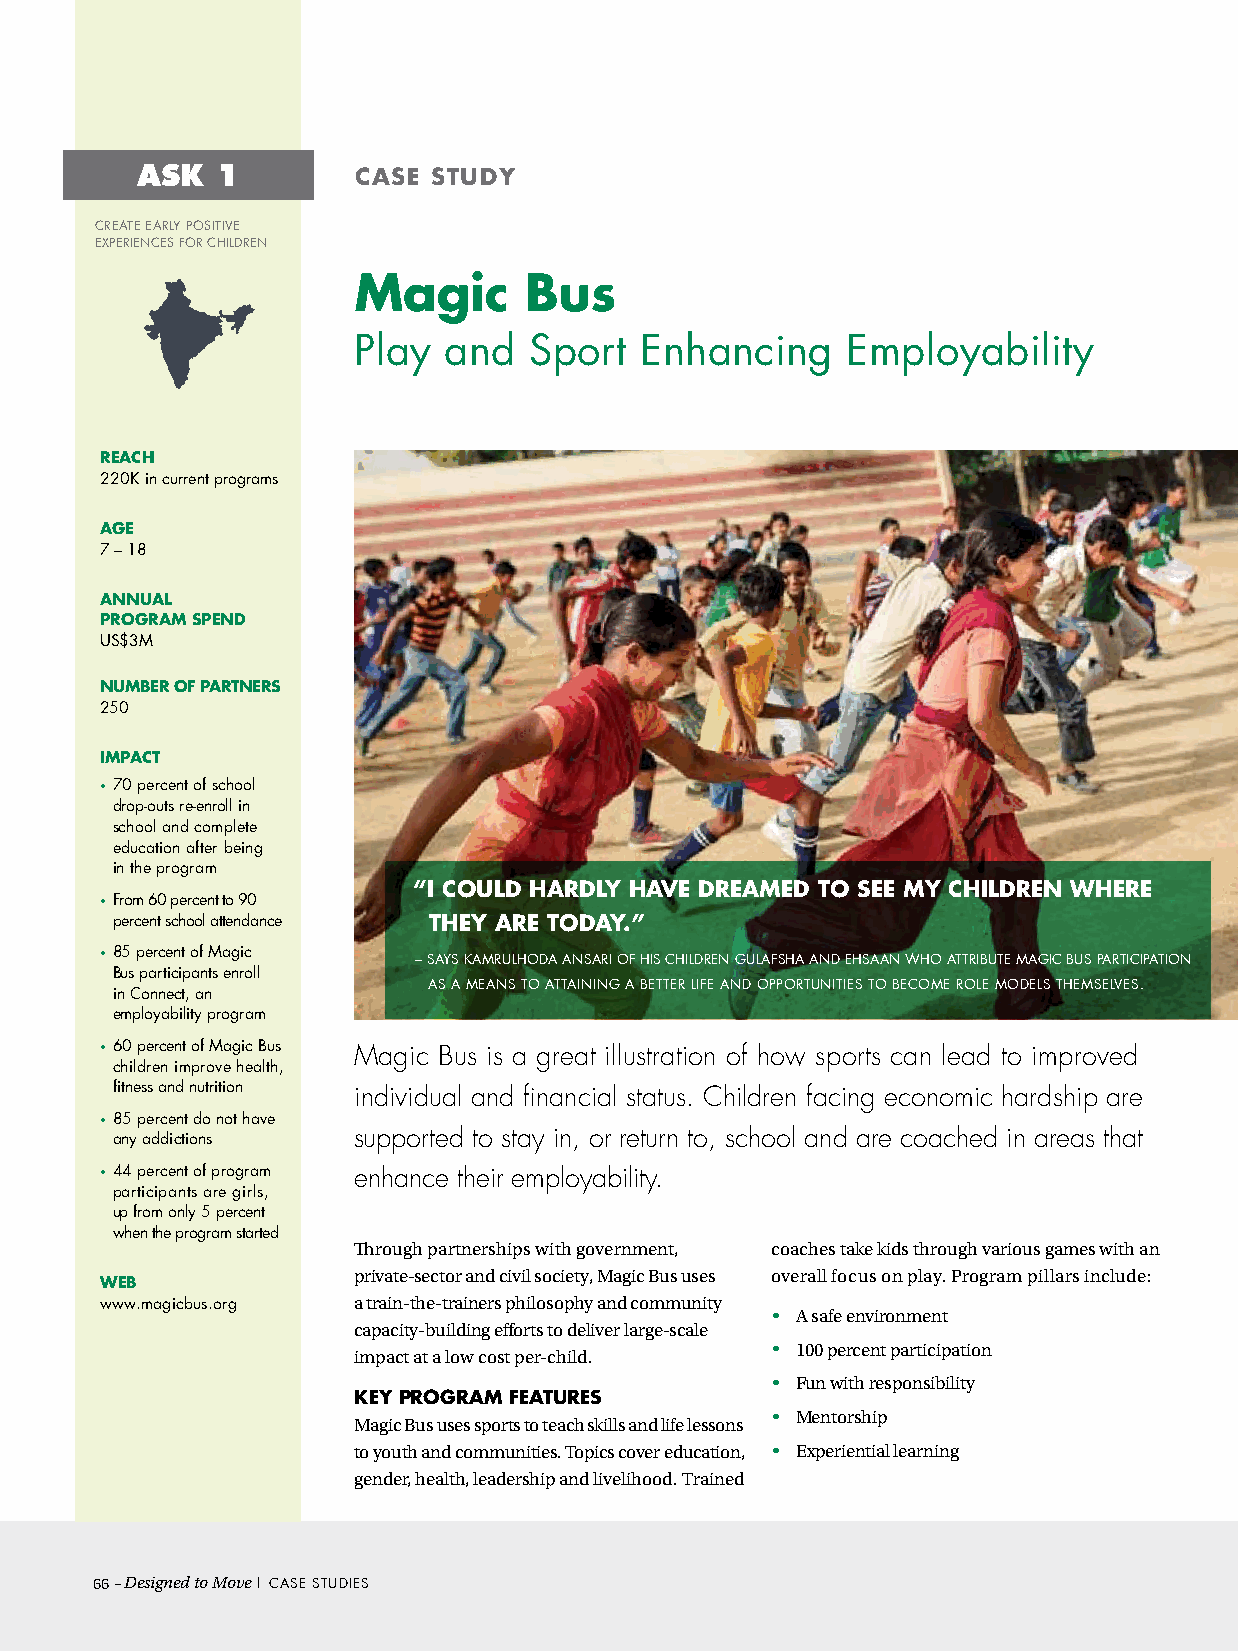
ASK  1        case  study
 cReATe eARLy POsiTive
 exPeRiences FOR chiLdRen
 Magic       Bus
 Play  and   sport  enhancing     employability
 ReacH
 220K in current programs
 aGe
 7 – 18
 aNNuaL
 PROGRaM sPeNd
 us$3M
 NuMBeR OF PaRtNeRs
 250
 iMPact
 • 70 percent of school
 drop-outs re-enroll in
 school and complete
 education after being
 in the program
 “i cOuLd HaRdLy Have dReaMed tO see My cHiLdReN WHeRe
 • From 60 percent to 90
 percent school attendance tHey aRe tOday.”
 • 85 percent of Magic – sAys KAMRuLhOdA AnsARi OF his chiLdRen GuLAFshA And ehsAAn WhO ATTRiBuTe MAGic Bus PARTiciPATiOn
 Bus participants enroll
 As A MeAns TO ATTAininG A BeTTeR LiFe And OPPORTuniTies TO BecOMe ROLe MOdeLs TheMseLves.
 in connect, an
 employability program
 • 60 percent of Magic Bus Magic Bus is a great illustration of how sports can lead to improved
 children improve health,
 fitness and nutrition individual and financial status. Children facing economic hardship are
 • 85 percent do not have
 any addictions  supported to stay in, or return to, school and are coached in areas that
 • 44 percent of program enhance their employability.
 participants are girls,
 up from only 5 percent
 when the program started
 Through partnerships with government, coaches take kids through various games with an
 private-sector and civil society, Magic Bus uses overall focus on play. Program pillars include:
 WeB
 www.magicbus.org a train-the-trainers philosophy and community
 • A safe environment
 capacity-building efforts to deliver large-scale
 impact at a low cost per-child. • 100 percent participation
 • Fun with responsibility
 Key PROGRaM FeatuRes
 Magic Bus uses sports to teach skills and life lessons • Mentorship
 to youth and communities. Topics cover education, • Experiential learning
 gender, health, leadership and livelihood. Trained
 66– Designed to Move | cAse sTudies